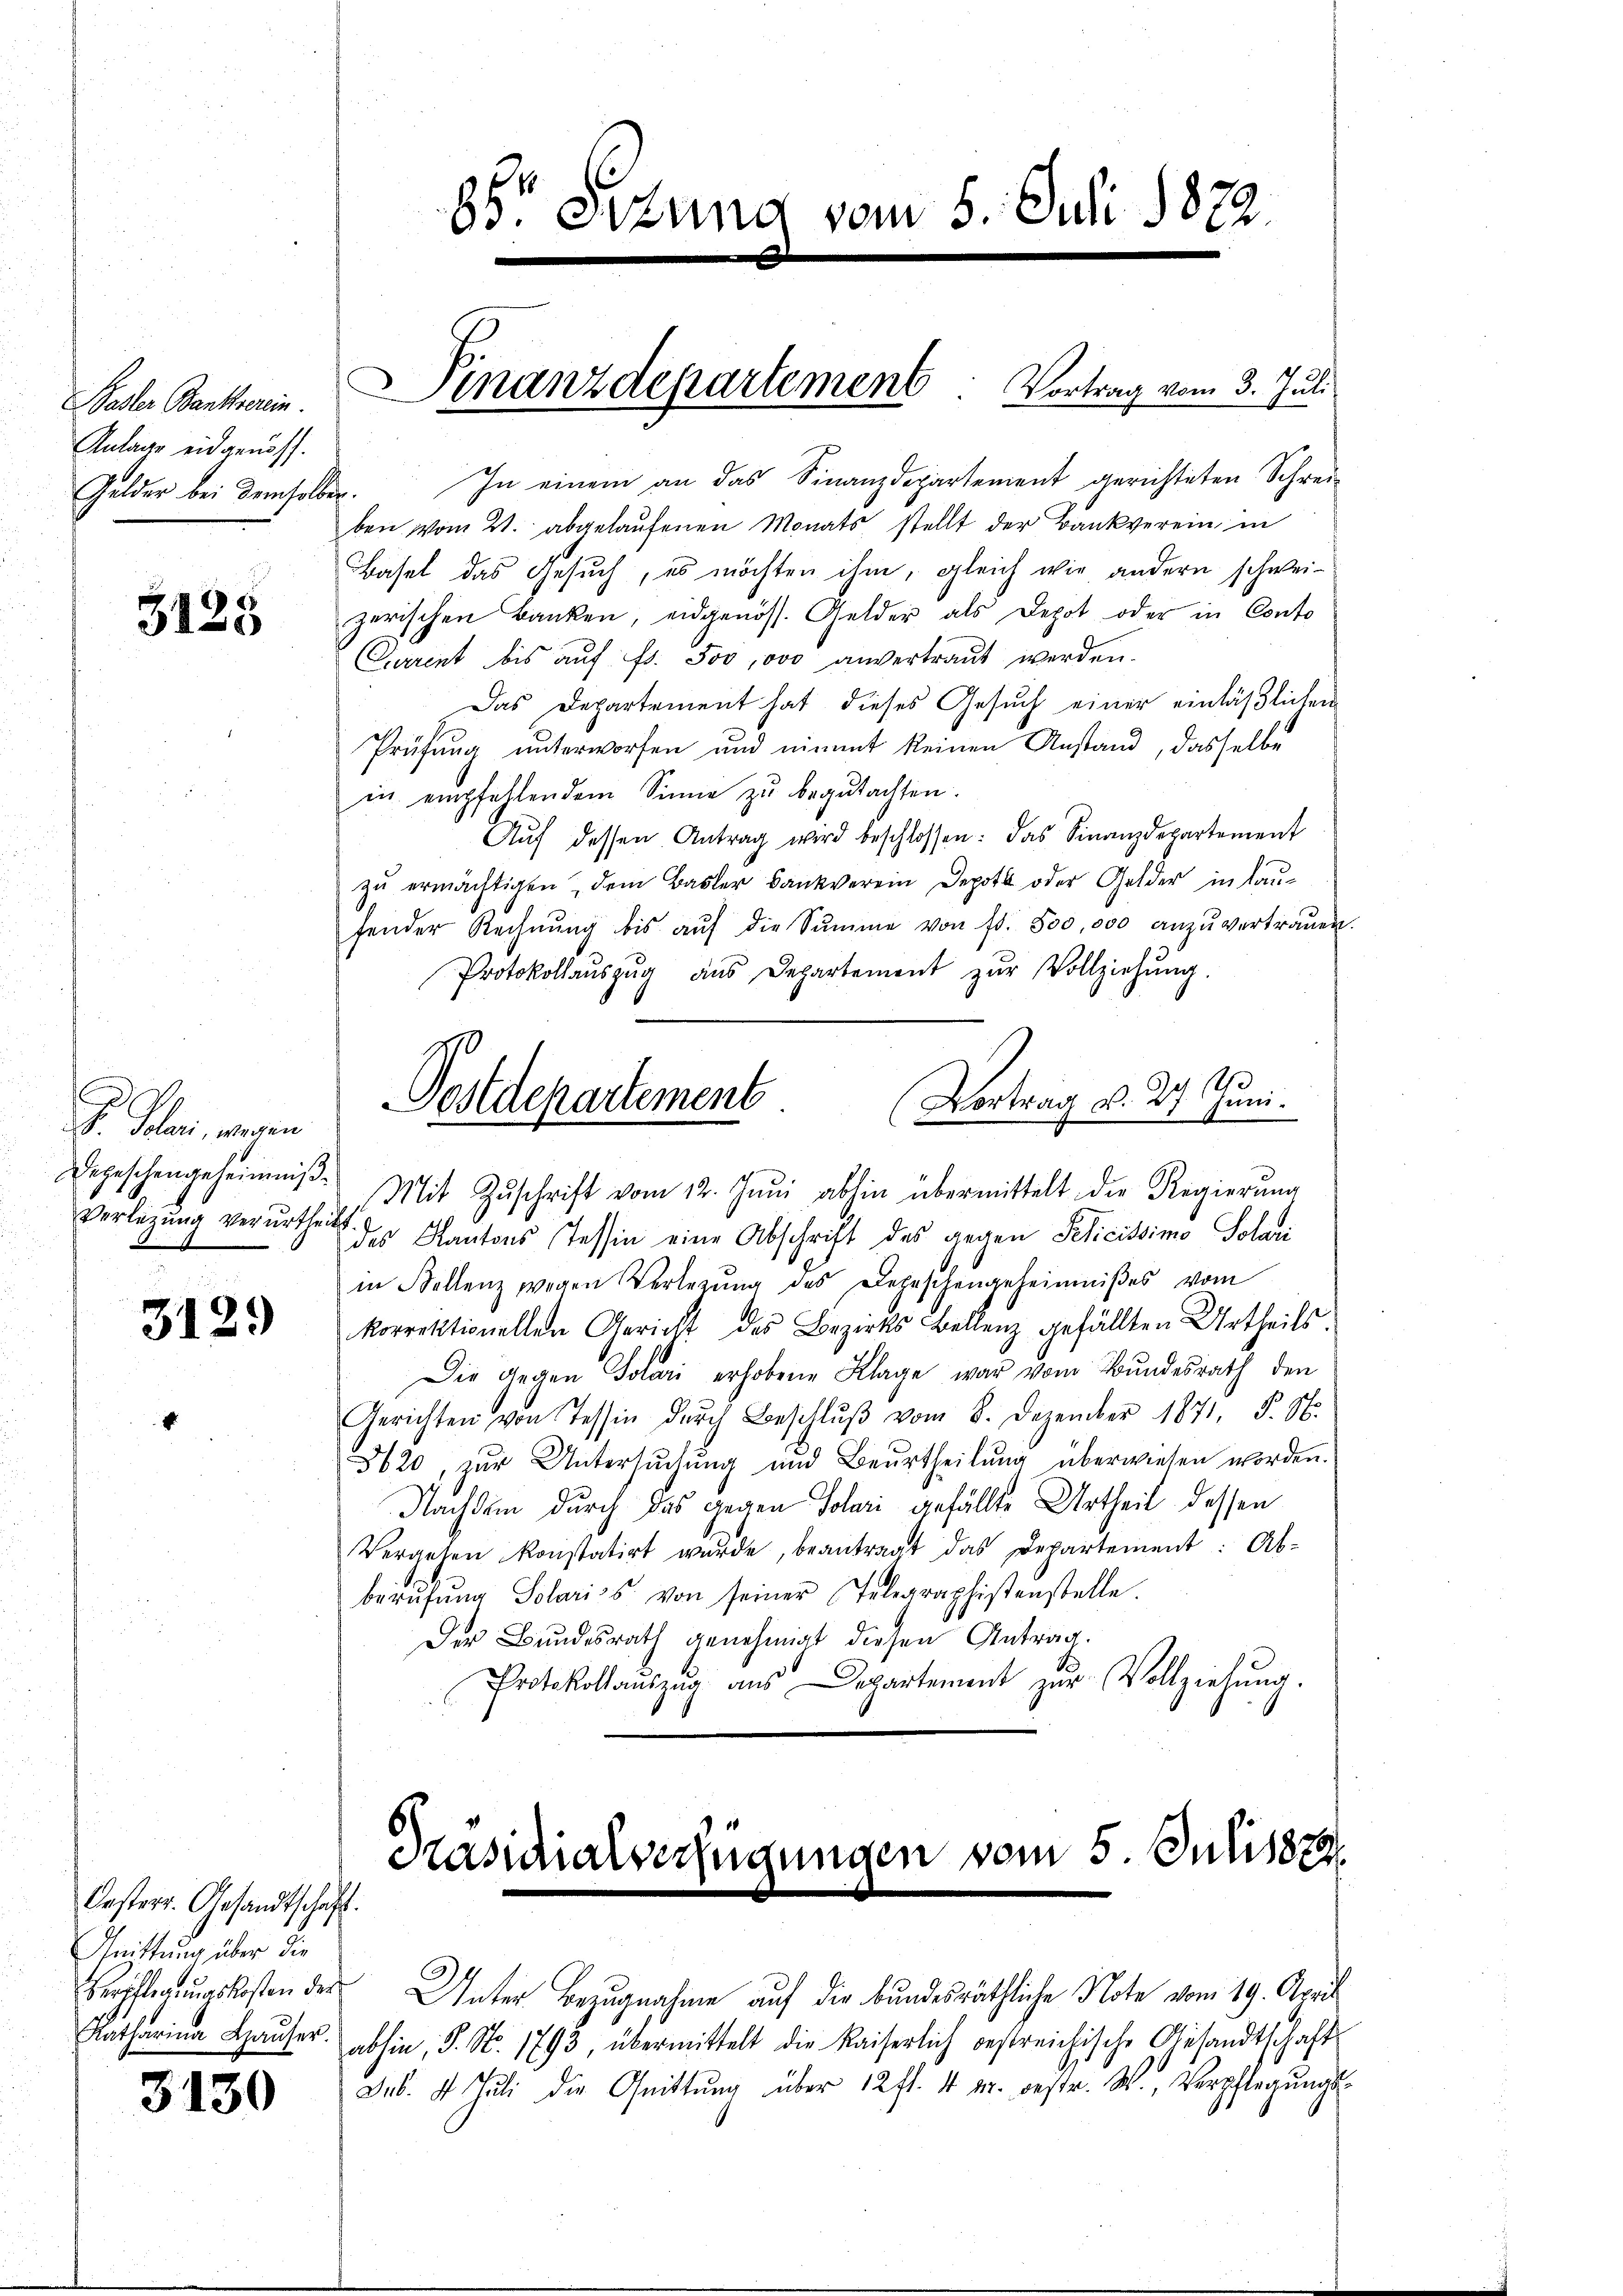
Badler Banthronin.
Anlage eidgenoss.
Gelder bei demselben.

5125

J. Feber, wegen
Depeschengeheimniß¬
Verlegung verurtheilt.

3129

Oesterr. Gesandtschaft.
Cuittung über die
Katharina Hauser.

3130

In einem an das Finanzdepartement gerichteten Schreiben vom 21. abgelaŭfenen Monats stellt der Bankverein in
Basel das Gesuch, es möchten ihm, gleich wie andern schweizerischen Banken, eidgenöss. Gelder als Depot oder in Conto
Current bis aŭf fr. 300,000 anvertraut werden.
Das Departement hat dieses Gesuch einer einläßlichen
Prüfung unterworfen und nimmt keinen Anstand, dasselbe
in empfehlendem Sinne zu begutachten.
Aŭf dessen Antrag wird beschlossen: das Finanzdepartement
zu ermächtigen, dem Basler Bankverein Depot oder Gelder in Lau¬
.
fender Rechnŭng bis aŭf die Summe von fr. 500,000 anzŭvertraŭen.
Protokollaŭszŭg aŭs Departement zŭr Vollziehŭng.
1
Postdepartement (Vortrag v. 27. Juni.
Mit Zŭschrift vom 12. Juni abhin übermittelt die Regierung
des Kantons Tessin eine Abschrift des gegen Peticissimo Solan
in Stellenz wegen Verlegung des Depeschengeheimnißes vom
korrektionellen Gericht des Bezirks Bellenz gefällten Urtheils
Die Gegen Solari erhobene Klage war vom Bundesrath den
Gerichten von Tessin dŭrch Beschlŭβ vom 8. Dezember 1871, S. S.
5620, zur Untersuchung und Beurtheilung überwesen worden.
Nachdem durch das gegen Solari gefällte Urtheil dessen
Vergehen konstatirt wurde, beantragt das Departement: Ab-
berufung Solarios von seiner Telegraphistenstelle.
Der Bundesrath genehmigt diesen Antrag.
Protokollauszug aus Departement zur Vollziehung.

86 Sizung vom 5. Juli 1822.
.

Finanzdepartement: Vortrag vom 3. Juli

Präsidialverfügungen vom 5. Julissa

Bevilligungskosten der Unter Bezugnahme auf die bundesräthliche Note vom 19. April
abhin, S. N. 1793, übermittelt die Kaiserlich bestreichische Gesandtschaft
Sub. 4. Juli die Quittung über 12 fl. 4 u. bestr. W., Verpflegungs-